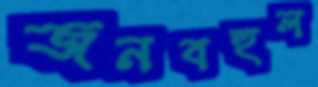
জনবহুল